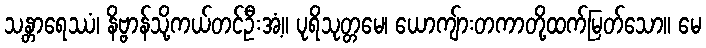
သန္တာရေဿံ၊ နိဗ္ဗာန်သို့ကယ်တင်ဦးအံ့။ ပုရိသုတ္တမေ၊ ယောကျ်ားတကာတို့ထက်မြတ်သော။ မေ